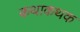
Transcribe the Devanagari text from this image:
कथाकथक